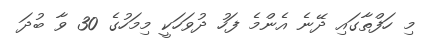
މި ހަފްތާގައި ދޭނެ އެންމެ ފަހު ދުވަހަކީ މިމަހުގެ 30 ވާ ބުދަ